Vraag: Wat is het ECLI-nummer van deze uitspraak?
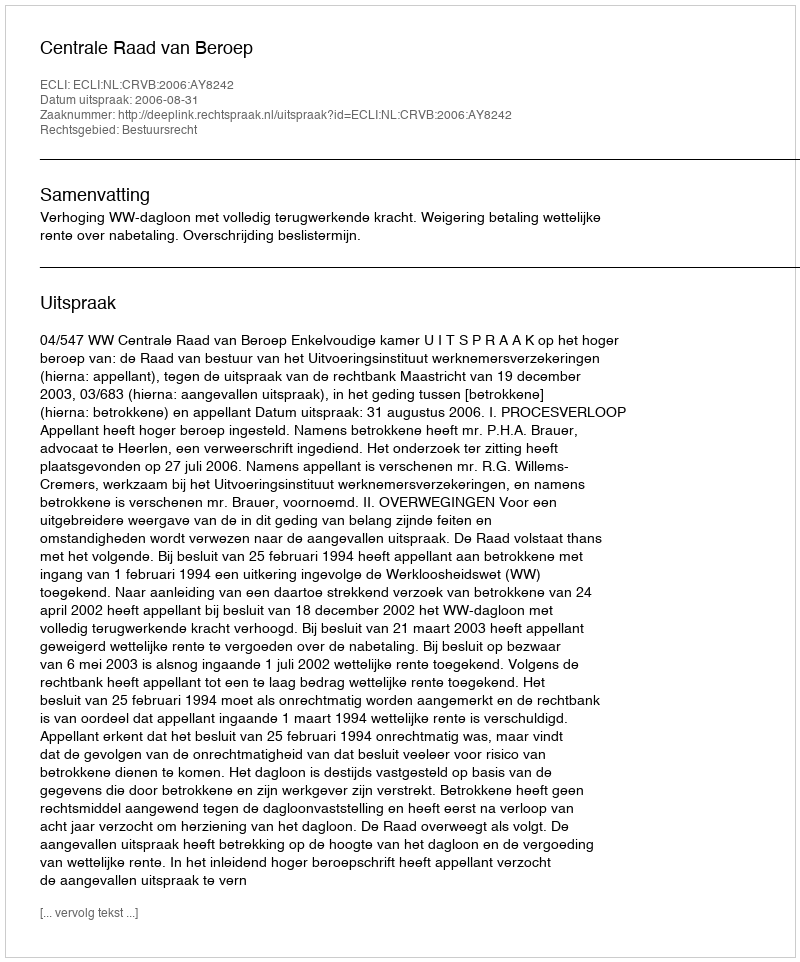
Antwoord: ECLI:NL:CRVB:2006:AY8242